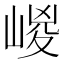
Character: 嵕